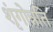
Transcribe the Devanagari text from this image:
शृंगोन्नति